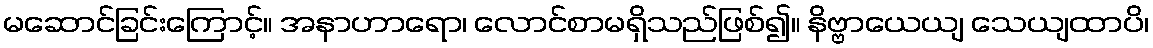
မဆောင်ခြင်းကြောင့်။ အနာဟာရော၊ လောင်စာမရှိသည်ဖြစ်၍။ နိဗ္ဗာယေယျ သေယျထာပိ၊